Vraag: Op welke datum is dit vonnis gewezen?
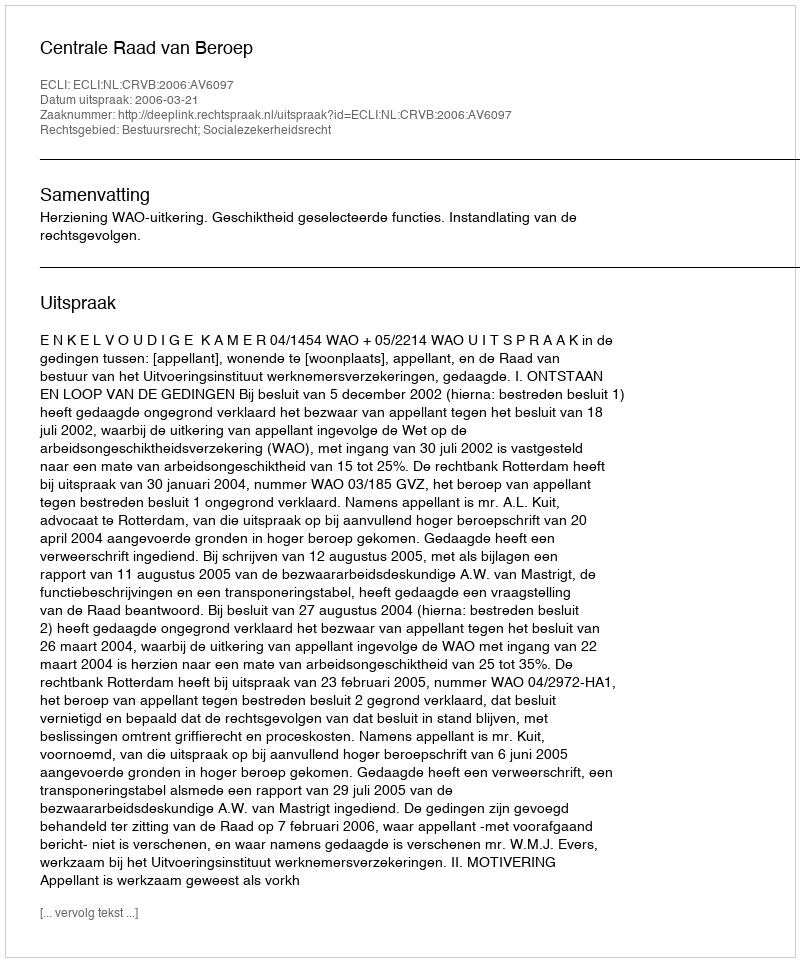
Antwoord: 2006-03-21